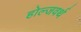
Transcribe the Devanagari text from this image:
होल्जवर्थ